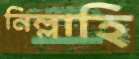
নিল্লাহি